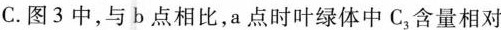
C.图3中，与b点相比，a点时叶绿体中C_{3}含量相对